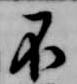
不